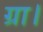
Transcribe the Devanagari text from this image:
ग्रा।